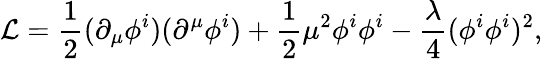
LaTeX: {\mathcal{L}}={\frac{1}{2}}(\partial_{\mu}\phi^{i})(\partial^{\mu}\phi^{i})+{\frac{1}{2}}\mu^{2}\phi^{i}\phi^{i}-{\frac{\lambda}{4}}(\phi^{i}\phi^{i})^{2},